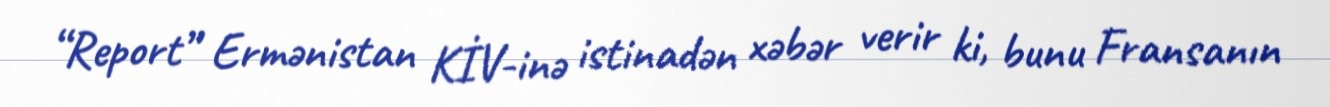
“Report” Ermənistan KİV-inə istinadən xəbər verir ki, bunu Fransanın